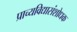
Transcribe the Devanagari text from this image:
प्राच्यविद्यासंशोधक